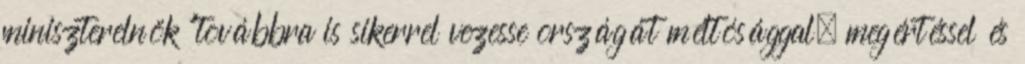
miniszterelnök "továbbra is sikerrel vezesse országát méltósággal, megértéssel és